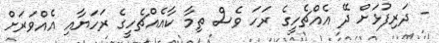
- ދަރިފުޅަށް ދޭ އެއްޗެހީގެ ރަހަ ވެސް ތިމާ ކާއެއްޗެހީގެ ރަހަޔާއި އެއްވަރަށް